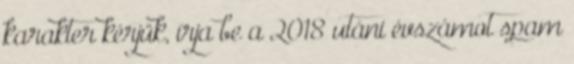
karakter kérjük, írja be a 2018 utáni évszámot spam